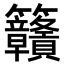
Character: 𥸡